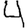
Digit: 4